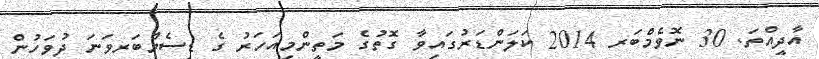
އާދީއްތަ